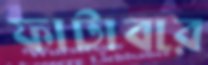
ফাটাবার